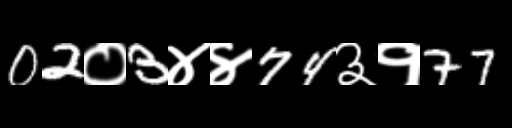
Text: 02०3४४74३१77